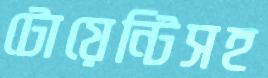
টোয়েন্টিসহ